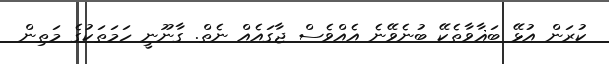
ކުރަން އުޅޭ ބަޣާވާތެކޭ ބުނެވޭނެ އެއްވެސް ޖާގައެއް ނެތް. ގާނޫނީ ހަމަތަކުގެ މަތިން